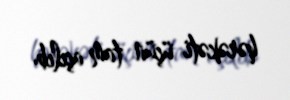
hərəkəti üçün tam açılıb.